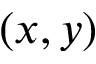
( x , y )